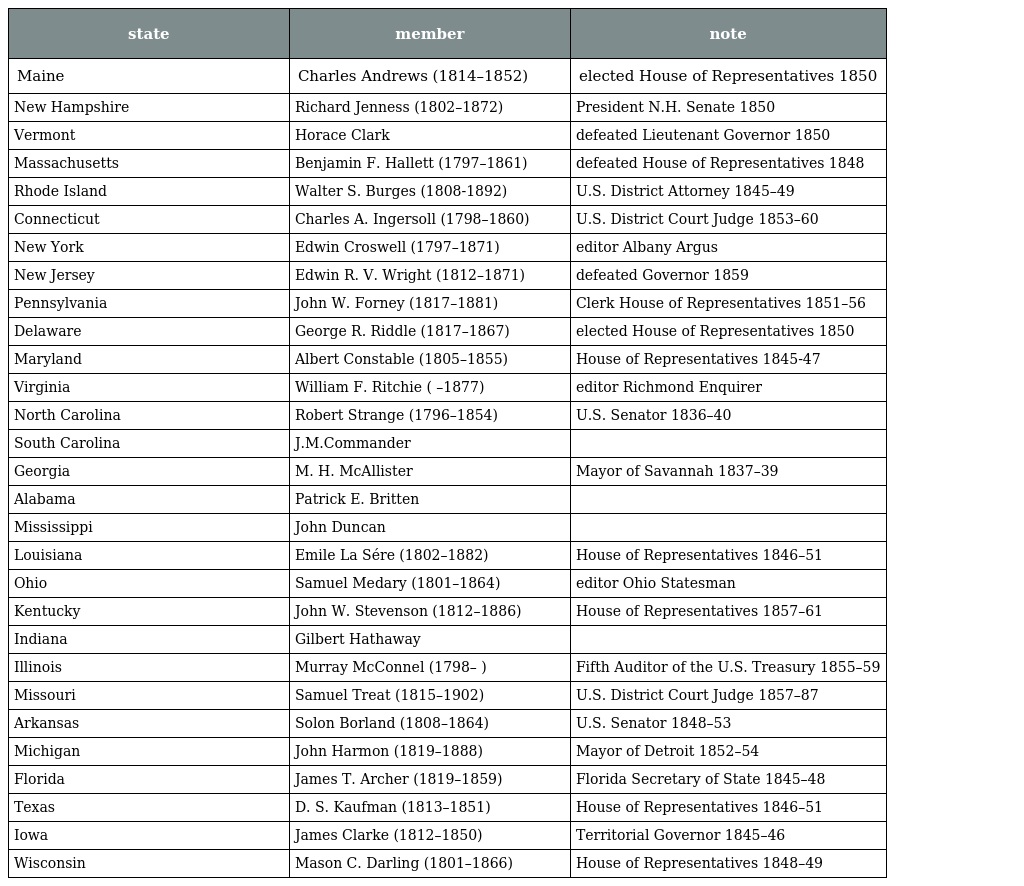
| state | member | note |
 | --- | --- | --- |
 | Maine | Charles Andrews (1814–1852) | elected House of Representatives 1850 |
 | New Hampshire | Richard Jenness (1802–1872) | President N.H. Senate 1850 |
 | Vermont | Horace Clark | defeated Lieutenant Governor 1850 |
 | Massachusetts | Benjamin F. Hallett (1797–1861) | defeated House of Representatives 1848 |
 | Rhode Island | Walter S. Burges (1808-1892) | U.S. District Attorney 1845–49 |
 | Connecticut | Charles A. Ingersoll (1798–1860) | U.S. District Court Judge 1853–60 |
 | New York | Edwin Croswell (1797–1871) | editor Albany Argus |
 | New Jersey | Edwin R. V. Wright (1812–1871) | defeated Governor 1859 |
 | Pennsylvania | John W. Forney (1817–1881) | Clerk House of Representatives 1851–56 |
 | Delaware | George R. Riddle (1817–1867) | elected House of Representatives 1850 |
 | Maryland | Albert Constable (1805–1855) | House of Representatives 1845-47 |
 | Virginia | William F. Ritchie ( –1877) | editor Richmond Enquirer |
 | North Carolina | Robert Strange (1796–1854) | U.S. Senator 1836–40 |
 | South Carolina | J.M.Commander |  |
 | Georgia | M. H. McAllister | Mayor of Savannah 1837–39 |
 | Alabama | Patrick E. Britten |  |
 | Mississippi | John Duncan |  |
 | Louisiana | Emile La Sére (1802–1882) | House of Representatives 1846–51 |
 | Ohio | Samuel Medary (1801–1864) | editor Ohio Statesman |
 | Kentucky | John W. Stevenson (1812–1886) | House of Representatives 1857–61 |
 | Indiana | Gilbert Hathaway |  |
 | Illinois | Murray McConnel (1798– ) | Fifth Auditor of the U.S. Treasury 1855–59 |
 | Missouri | Samuel Treat (1815–1902) | U.S. District Court Judge 1857–87 |
 | Arkansas | Solon Borland (1808–1864) | U.S. Senator 1848–53 |
 | Michigan | John Harmon (1819–1888) | Mayor of Detroit 1852–54 |
 | Florida | James T. Archer (1819–1859) | Florida Secretary of State 1845–48 |
 | Texas | D. S. Kaufman (1813–1851) | House of Representatives 1846–51 |
 | Iowa | James Clarke (1812–1850) | Territorial Governor 1845–46 |
 | Wisconsin | Mason C. Darling (1801–1866) | House of Representatives 1848–49 |